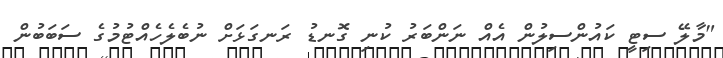
"މާލޭ ސިޓީ ކައުންސިލުން އެއް ނަންބަރު ކުނި ގޮނޑު ރަނގަޅަށް ނުބެލެހެއްޓުމުގެ ސަބަބުން